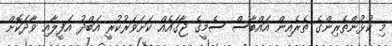
މި ކުޅުންތެރިންގެ ތެރެއިން އައްބާސް ސެމީގެ ޖާގައެއް ކަށަވަރުކުރީ އަބްދު އަފީލާއި ވާދަކޮށް